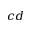
c d